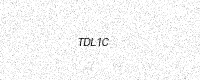
Text: TDL1C